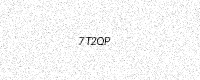
Text: 7T2QP